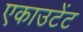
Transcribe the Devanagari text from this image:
एकाउटेंट